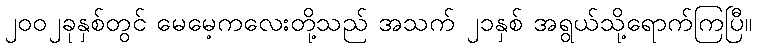
၂၀၀၂ခုနှစ်တွင် မေမေ့ကလေးတို့သည် အသက် ၂၁နှစ် အရွယ်သို့ရောက်ကြပြီ။